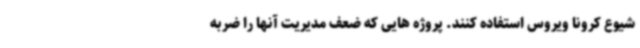
شیوع کرونا ویروس استفاده کنند. پروژه هایی که ضعف مدیریت آنها را ضربه